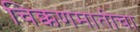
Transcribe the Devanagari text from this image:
चिक्कणमातीचा